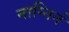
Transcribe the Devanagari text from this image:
नाग्निर्न